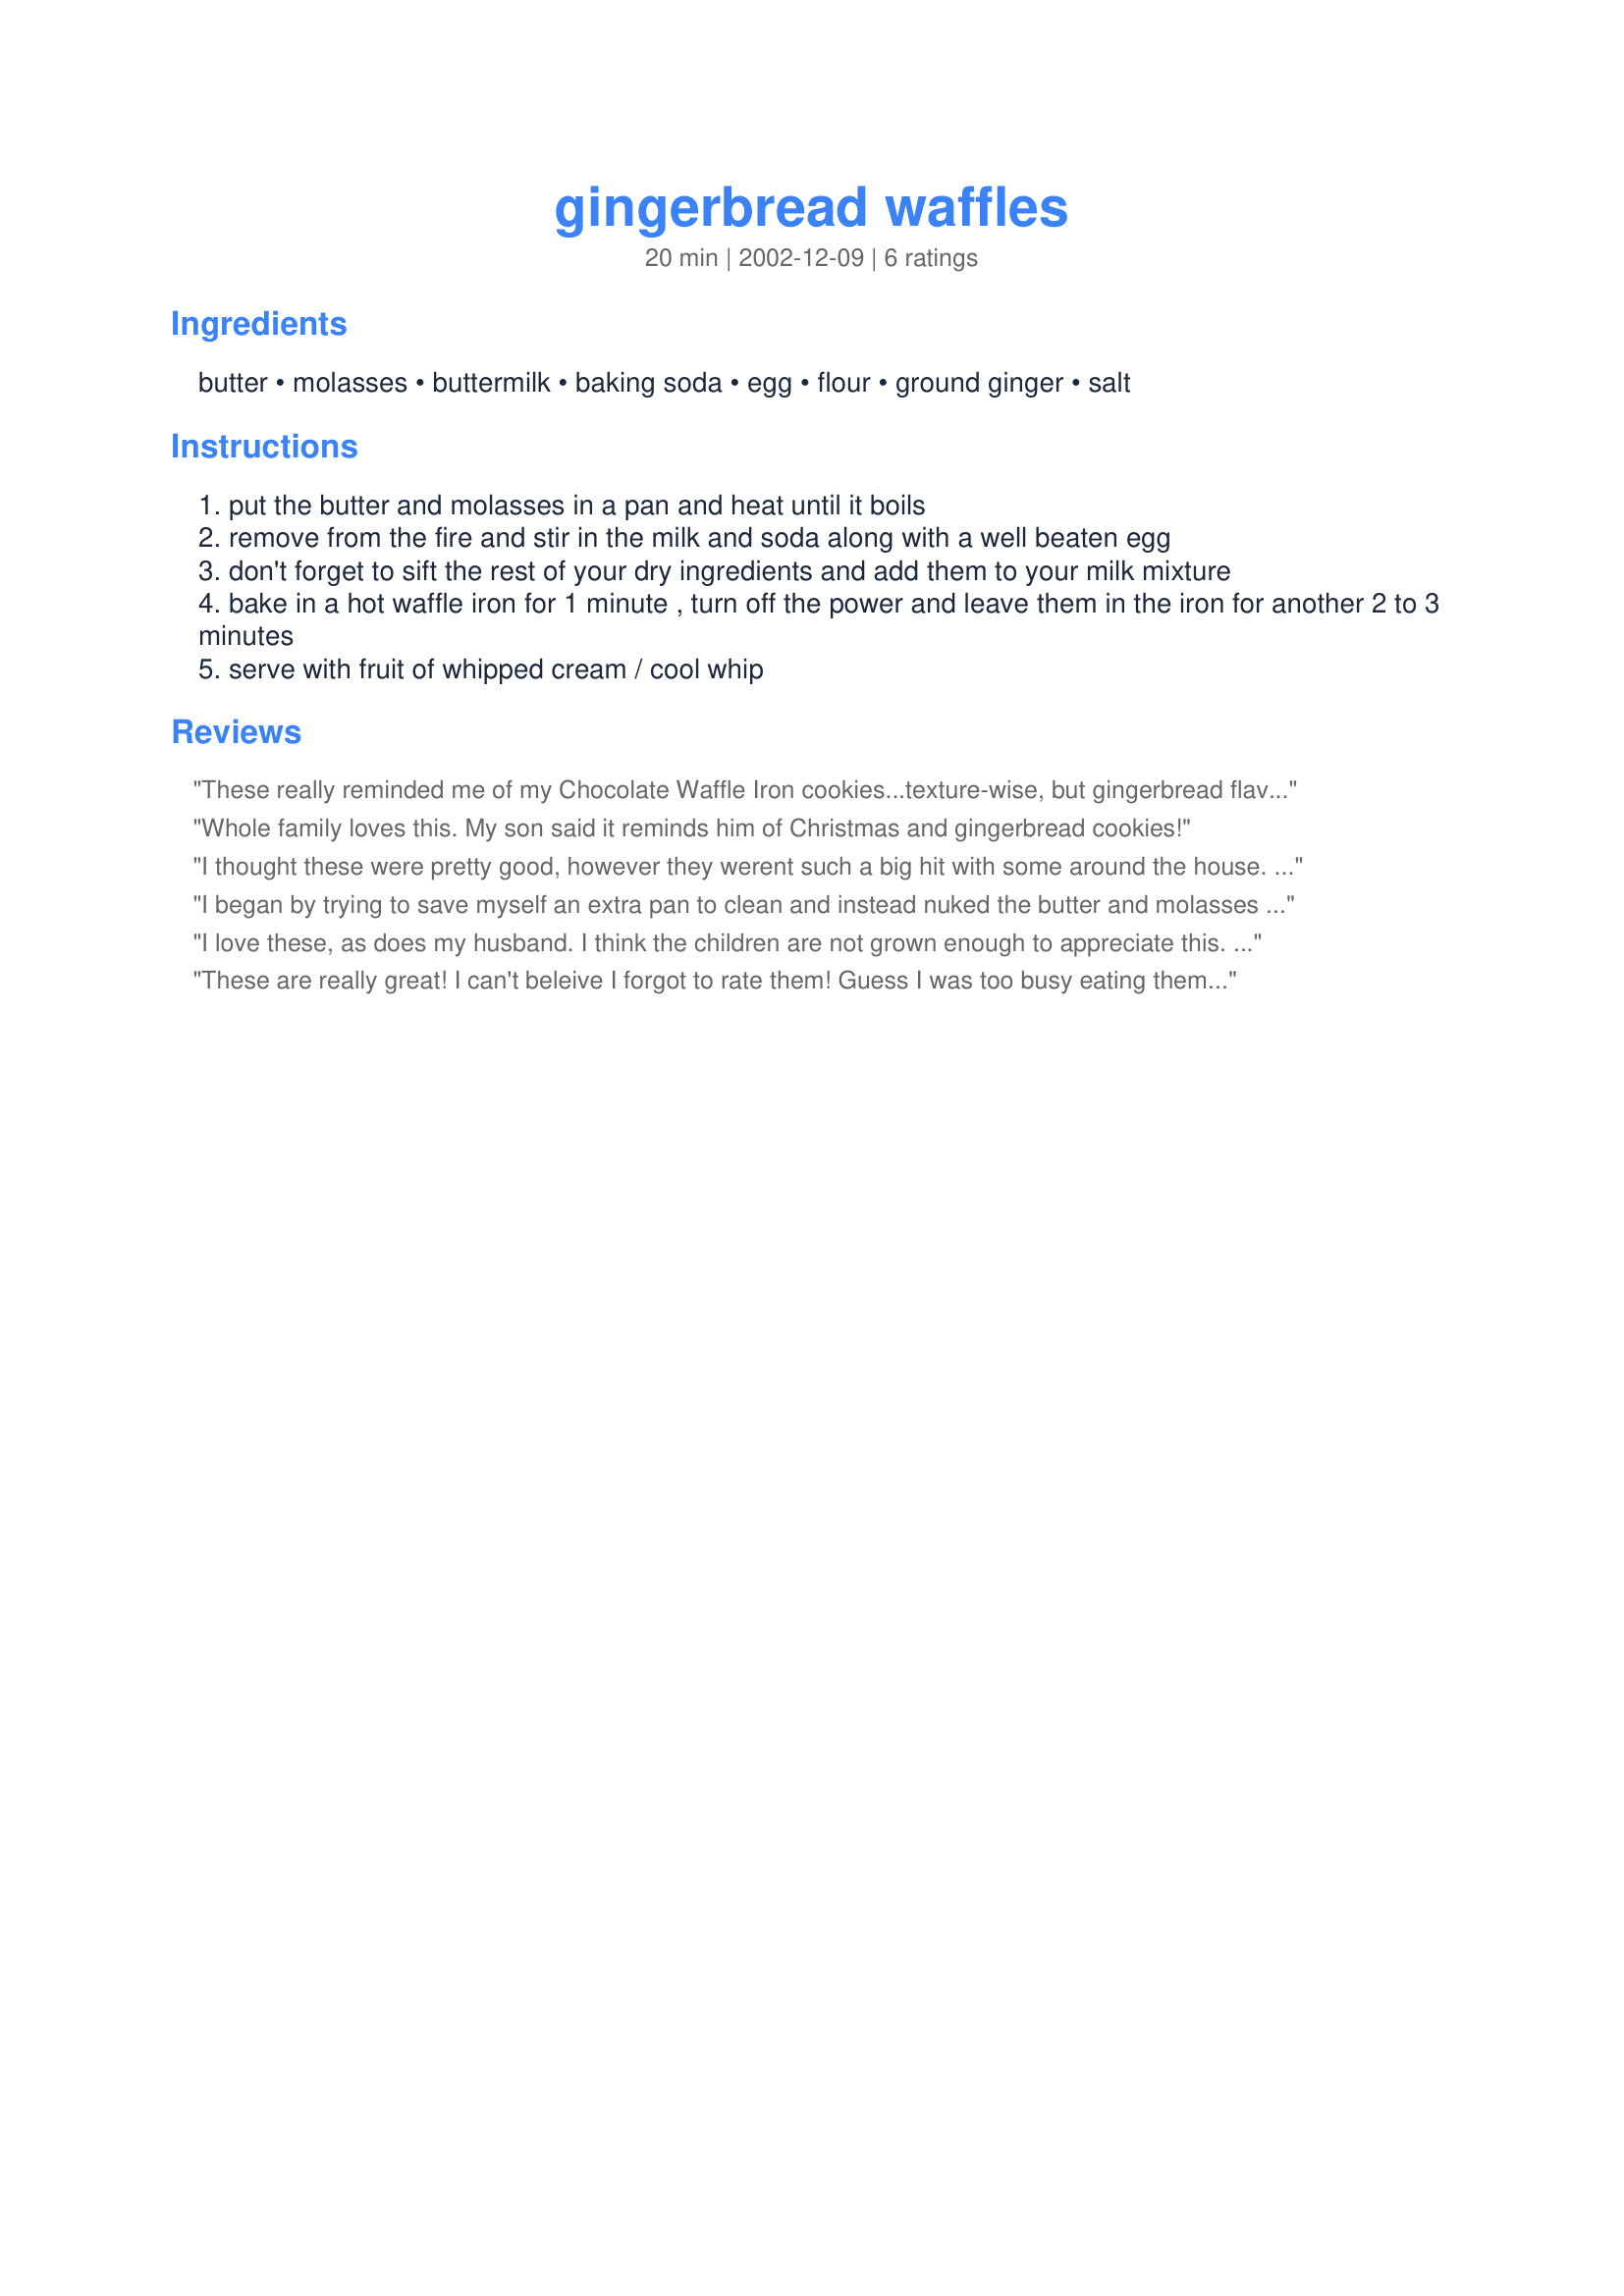
gingerbread waffles
Preparation time: 20 minutes

Ingredients:
butter, molasses, buttermilk, baking soda, egg, flour, ground ginger, salt

Steps:
put the butter and molasses in a pan and heat until it boils
remove from the fire and stir in the milk and soda along with a well beaten egg
don't forget to sift the rest of your dry ingredients and add them to your milk mixture
bake in a hot waffle iron for 1 minute , turn off the power and leave them in the iron for another 2 to 3 minutes
serve with fruit of whipped cream / cool whip

Reviews:
These really reminded me of my Chocolate Waffle Iron cookies...texture-wise, but gingerbread flavor instead. I served them with little smokies, fruit juice and milk. DH wasn't particularly thrilled by them, but didn't push them away either and is willing to have them on occasion again. My two 'picky eaters' and oldest DD all really enjoyed them. The 'picky eaters' even grabbed squares to eat like cookies on the bus. I also enjoyed them, but that was expected as I love ginger cookies! Thanks for sharing a quick, easy and delicious recipe Mimi!!!
Whole family loves this. My son said it reminds him of Christmas and gingerbread cookies!
I thought these were pretty good, however they werent such a big hit with some around the house. Two of us enjoyed them, but the rest thought the ginger was a bit too overpowering. I think if I make them again i will cut down on the ginger a bit.
Again, I had to change the cooking instructions as my waffle iron doesnt cook them properly if I turn it off and try to cook them. Im not sure if it is a difference in our waffle irons, or what. I also found that they didnt have the nice texture that I usually get with waffles. I will try these again, but definitely with less ginger. I guess its a matter of taste. Thanks for the recipe.
I began by trying to save myself an extra pan to clean and instead nuked the butter and molasses in a glass mixing bowl in the micro for 3 min...This worked very well...Now for the issues...Be aware that the batter is quite thick and doesn't spread (by itself) across the grids very well, as would normally happen with waffle batter...I had to spread it a little more by hand, with a silicone spatula before I closed the iron...An increase of the buttermilk to 3/4 cup or 1 cup, to thin it out a smidge and increase the spreadability when it is poured onto the grids may help...I also understand NOW why the recipe's directions say to turn the waffle iron off after 1 min, because my first waffle scorched when I followed what my waffle iron's manual instructed instead...Regretfully, I won't be able to use this recipe successfully for OAMC as I'd wanted...In my first and only attempt at taking these waffles from freezer to toaster to plate resulted, again, in scorching (in the toaster)...I've since discovered that it is the molasses that is likely the reason for the scorching and no doubt the reason for the unusual waffle iron instructions (unplugging the iron after 1 min) in order to prevent said scorching...I could try to tweak the recipe to eliminate the scorching issue so that it could perform as any other waffle recipe, but I'm simply too busy...I need waffle recipes that I can whip up with little or no fuss and utilise as OAMC...Unfortunately, this cannot be one of them :-(
I love these, as does my husband. I think the children are not grown enough to appreciate this. Between the cheese waffles and these waffles - I wouldn't know which to pick. They are both so fantastic. I just make them both!
These are really great! I can't beleive I forgot to rate them! Guess I was too busy eating them! My kids love them and one night, we stumbled on putting Buttermilk Syrup on them.....HEAVEN.
